Document type: Inventory
Year: 1295
Scribe: Pere Marc
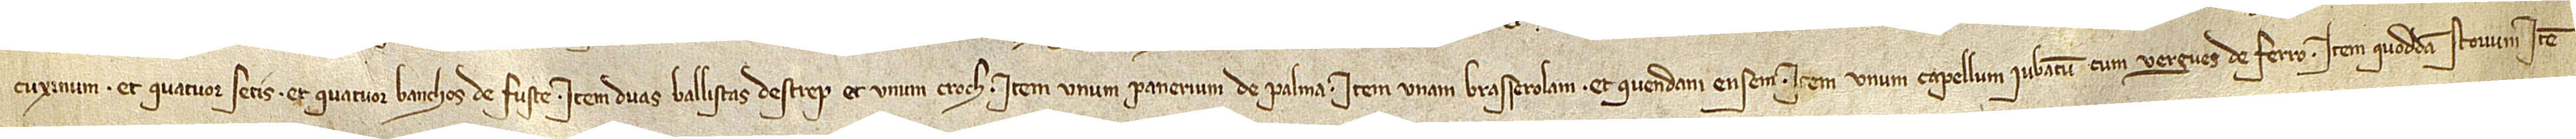
cuxinum et quatuor setis et quatuor banchos de fuste; item, duas ballistas d’estrep et unum croch; item, unum panerium de palma; item, unam brasserolam et quendam ensem; item, unum capellum iubatum cum vergues de ferro; item, quoddam stovum; item,